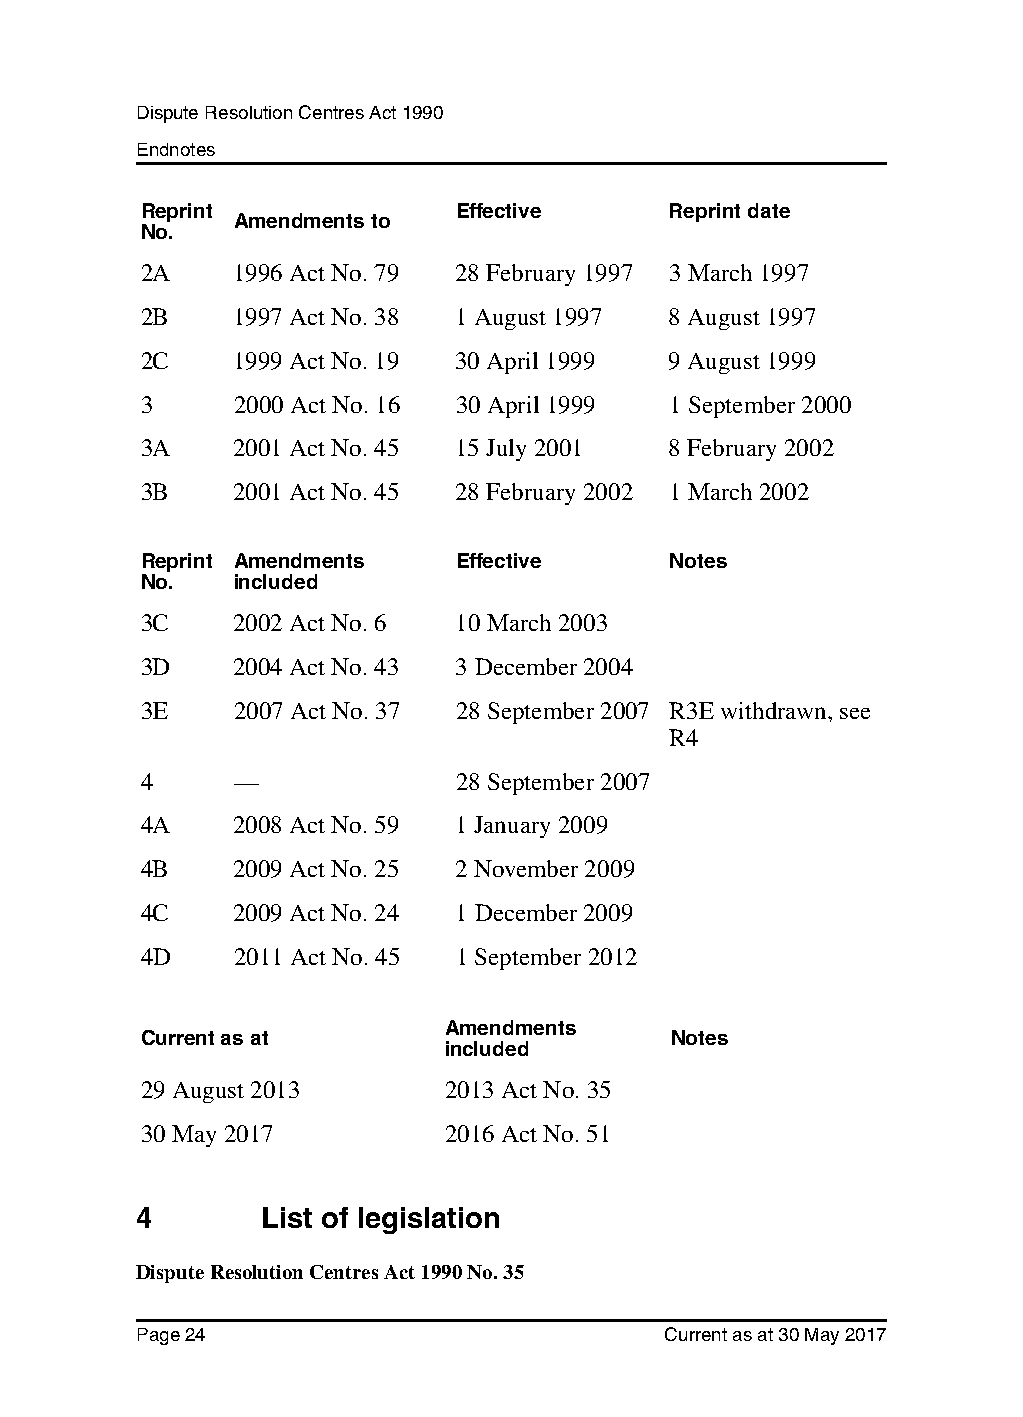
Dispute Resolution Centres Act 1990
 Endnotes
 Reprint              Effective     Reprint date
 Amendments to
 No.
 2A     1996 Act No. 79 28 February 1997 3 March 1997
 2B     1997 Act No. 38 1 August 1997 8 August 1997
 2C     1999 Act No. 19 30 April 1999 9 August 1999
 3      2000 Act No. 16 30 April 1999 1 September 2000
 3A     2001 Act No. 45 15 July 2001 8 February 2002
 3B     2001 Act No. 45 28 February 2002 1 March 2002
 Reprint Amendments   Effective      Notes
 No.    included
 3C     2002 Act No. 6 10 March 2003
 3D     2004 Act No. 43 3 December 2004
 3E     2007 Act No. 37 28 September 2007 R3E withdrawn, see
 R4
 4      —             28 September 2007
 4A     2008 Act No. 59 1 January 2009
 4B     2009 Act No. 25 2 November 2009
 4C     2009 Act No. 24 1 December 2009
 4D     2011 Act No. 45 1 September 2012
 Amendments
 Current as at                       Notes
 included
 29 August 2013       2013 Act No. 35
 30 May 2017          2016 Act No. 51
 4       List of legislation
 Dispute Resolution Centres Act 1990 No. 35
 Page 24                            Current as at 30 May 2017